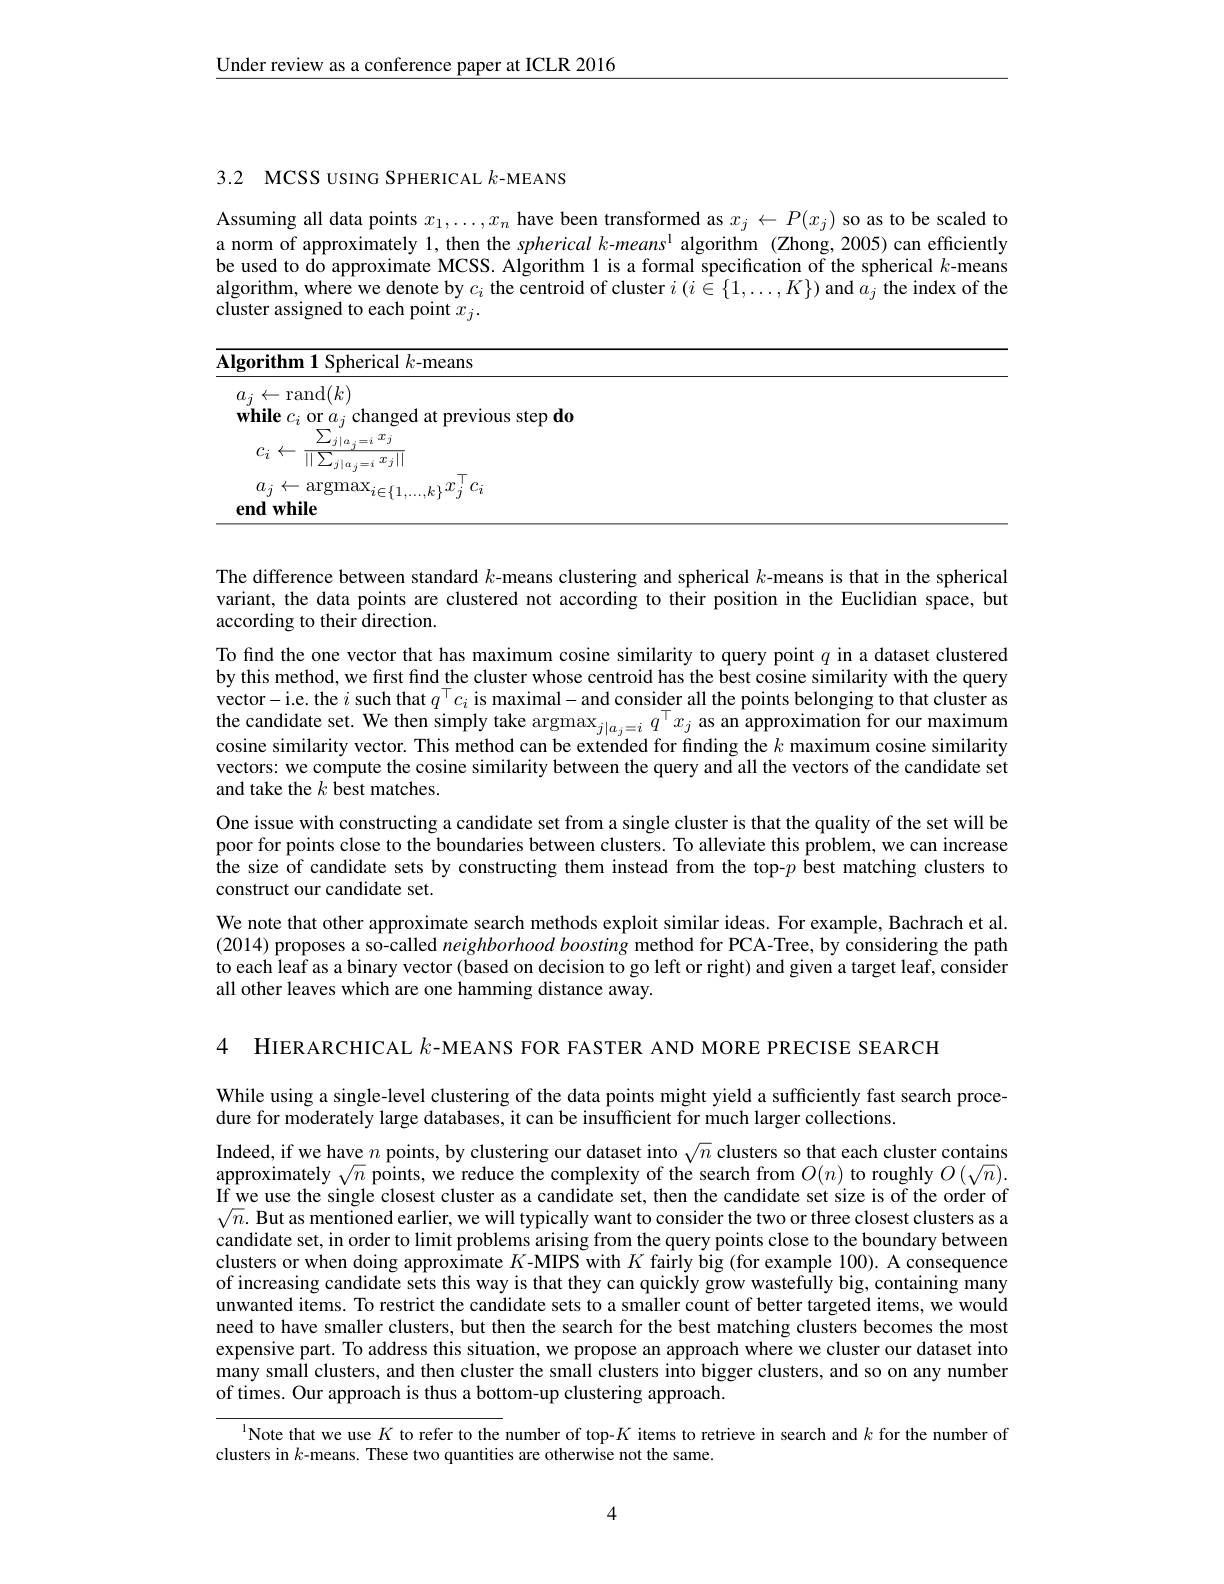
$\underline{\text{Under review as a conference paper at ICLR 2016}}$

3.2 MCSS USING SPHERICAL $k$-MEANS

Assuming all data points $x_1,\ldots,x_n$ have been transformed as $x_j\leftarrow P(x_j)$ so as to be scaled to a norm of approximately 1, then the spherical k-means$^1$ algorithm (Zhong,2005) can efficiently be used to approximate MCSS. Algorithm 1 is a formal specification of the spherical $k$-means algorithm, where we denote by $c_i$ the centroid of cluster $i\left(i\in\{1,\ldots,K\}\right)$ and $a_j$ the index of the cluster assigned to each point $x_j.$

<table>
	<tbody>
		<tr>
			<th>$\mathbf{Algorithm}$ Spherical $k$-means</th>
			<th> </th>
		</tr>
		<tr>
			<td>$\frac{\sum_{j\mid a_{j}=i}^{J}x_{j}}{\sum_{j}}$ $c_i\leftarrow$ $\overline{\|\sum_{j|a_j=i}x_j\|}$</td>
			<td> </td>
		</tr>
		<tr>
			<td>$a_j\leftarrow\operatorname{argmax}_{i\in\{1,\ldots,k\}}x_j^{\mid}c_i$ endwhile</td>
			<td> </td>
		</tr>
	</tbody>
</table>

The difference between standard $k$ -means clustering and spherical $k$-means is that in the spherical variant, the data points are clustered not according to their position in the Euclidian space, but according to their direction.
To find the one vector that has maximum cosine similarity to query point $q$ in a dataset clustered by this method, we first find the cluster whose centroid has the best cosine similarity with the query vector-i.e. the $i$ such that $q^\top c_i$ is maximal- and consider all the points belonging to that cluster as the candidate set. We then simply take arg$\max_j|a_j=iq^\top x_j$ as an approximation for our maximum cosine similarity vector. This method can be extended for fınding the $k$ maximum cosine similarity vectors: we compute the cosine similarity between the query and all the vectors of the candidate set and take the $k$ best matches.
One issue with constructing a candidate set from a single cluster is that the quality of the set will be poor for points close to the boundaries between clusters. To alleviate this problem, we can increase the size of candidate sets by constructing them instead from the top-$p$ best matching clusters to construct our candidate set.
We note that other approximate search methods exploit similar ideas. For example, Bachrach et al (2014) proposes a so-called neighborhood boosting method for PCA-Tree, by considering the path to each leaf as a binary vector (based on decision to go left or right) and given a target leaf, consider all other leaves which are one hamming distance away.

4 HIERARCHICAL $k$-MEANS FOR FASTER AND MORE PRECISE SEARCH

While using a single-level clustering of the data points might yield a sufficiently fast search proce-
dure for moderately large databases, it can be insufficient for much larger collections.

Indeed, if we have $n$ points, by clustering our dataset into $\sqrt{n}$ clusters so that each cluster contains approximately $\sqrt n$ points, we reduce the complexity of the search from $O(n)$ to roughly $O(\sqrt n).$ If we use the single closest cluster as a candidate set, then the candidate set size is of the order of $\sqrt{n}.$ But as mentioned earlier, we will typically want to consider the two or three closest clusters as a candidate set, in order to limit problems arising from the query points close to the boundary between clusters or when doing approximate $K$-MIPS with $K$ fairly big (for example 100). A consequence of increasing candidate sets this way is that they can quickly grow wastefully big, containing many unwanted items. To restrict the candidate sets to a smaller count of better targeted items, we would need to have smaller clusters, but then the search for the best matching clusters becomes the most expensive part. To address this situation, we propose an approach where we cluster our dataset into many small clusters, and then cluster the small clusters into bigger clusters, and so on any number of times. Our approach is thus a bottom-up clustering approach.

$^{\text{l}}$Note that we use $K$ to refer to the number of top-$K$ items to retrieve in search and $k$ for the number of

clusters in $k$-means. These two quantities are otherwise not the same

4